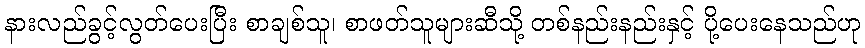
နားလည်ခွင့်လွတ်ပေးပြီး စာချစ်သူ၊ စာဖတ်သူများဆီသို့ တစ်နည်းနည်းနှင့် ပို့ပေးနေသည်ဟု